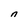
Character: n